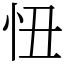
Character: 忸